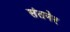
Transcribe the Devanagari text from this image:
संतनेर